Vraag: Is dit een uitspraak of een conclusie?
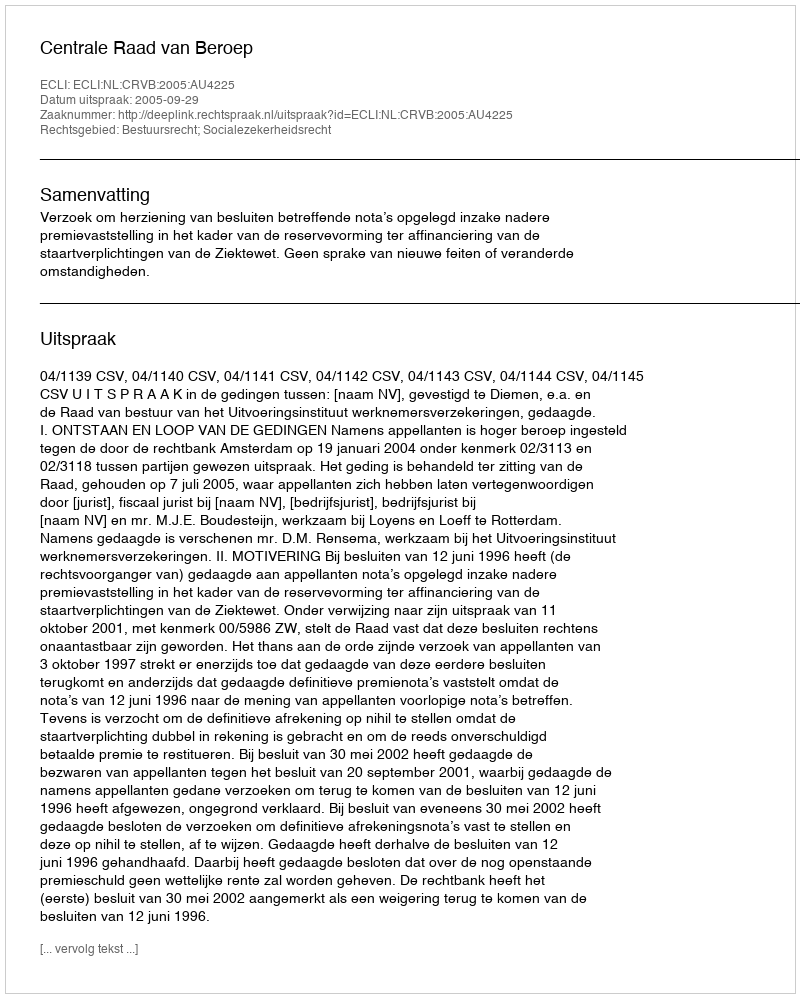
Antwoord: Uitspraak